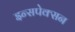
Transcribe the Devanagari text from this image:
इन्सपेक्सन